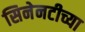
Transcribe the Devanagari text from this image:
सिनेनटीच्या